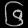
Digit: ၆